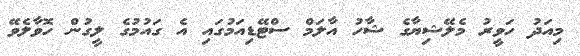
މިއަދު ހަވީރު މެލޭޝިޔާގެ ޝާހު އާލަމް ސްޓޭޑިއަމުގައި އެ ގައުމުގެ ލީގުން ހޮވާލެވޭ